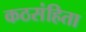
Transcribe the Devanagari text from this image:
कठसंहिता